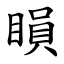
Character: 䁚